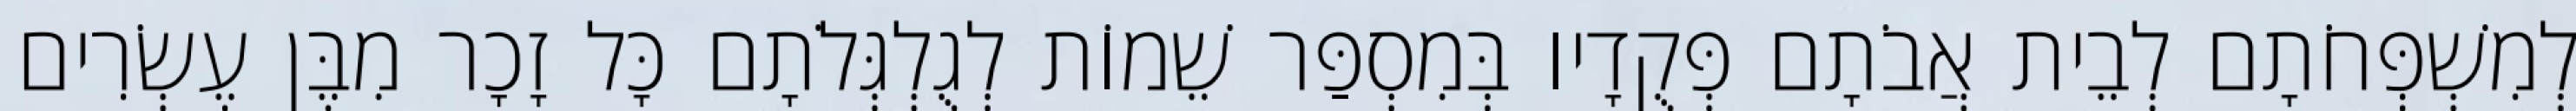
לְמִשְׁפְּחֹתָם לְבֵית אֲבֹתָם פְּקֻדָיו בְּמִסְפַּר שֵׁמוֹת לְגֻלְגְּלֹתָם כָּל זָכָר מִבֶּן עֶשְׂרִים